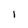
Character: l